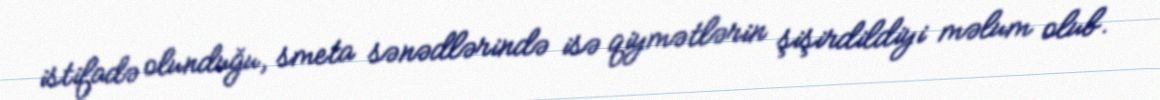
istifadə olunduğu, smeta sənədlərində isə qiymətlərin şişirdildiyi məlum olub.